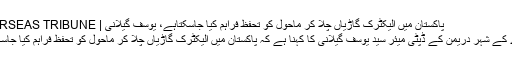
پاکستان میں الیکٹرک گاڑیاں چلا کر ماحول کو تحفظ فراہم کیا جاسکتاہے، یوسف گیلانی | OVERSEAS TRIBUNE
ناروے کے شہر دریمن کے ڈپٹی میئر سید یوسف گیلانی کا کہنا ہے کہ پاکستان میں الیکٹرک گاڑیاں چلا کر ماحول کو تحفظ فراہم کیا جاسکتاہے۔